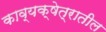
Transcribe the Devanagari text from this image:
काव्यक्षेत्रातील